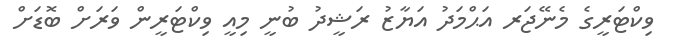
ވިކްޓަރީގެ މެނޭޖަރ އަޙްމަދު އަޔާޒު ރަޝީދު ބުނީ މިއީ ވިކްޓަރީން ވަރަށް ބޮޑަށް